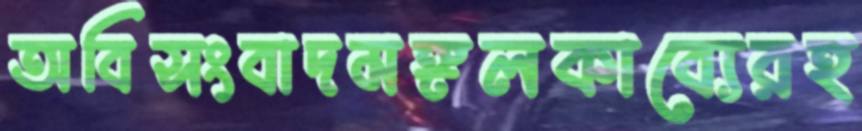
অবিসংবাদমঙ্গলকাব্যেরহ